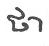
ថា